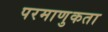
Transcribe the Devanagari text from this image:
परमाणुकता